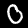
Label: 0